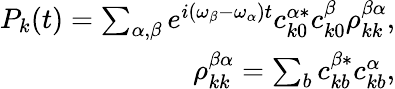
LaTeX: \begin{array}{r}{P_{k}(t)=\sum_{\alpha,\beta}e^{i(\omega_{\beta}-\omega_{\alpha})t}c_{k0}^{\alpha*}c_{k0}^{\beta}\rho_{kk}^{\beta\alpha},}\\ {\rho_{kk}^{\beta\alpha}=\sum_{b}c_{kb}^{\beta*}c_{kb}^{\alpha},}\end{array}